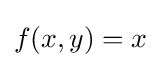
f(x,y)=x